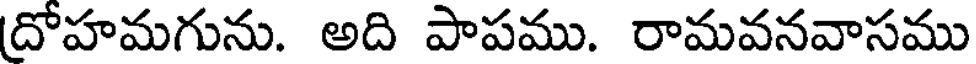
దోహమగును. అది పాపము. రామవనవాసము